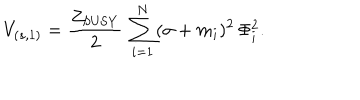
V _ { ( s , 1 ) } = { \frac { Z _ { \mathrm { S U S Y } } } { 2 } } \, \sum _ { i = 1 } ^ { N } ( \sigma + m _ { i } ) ^ { 2 } \, \Phi _ { i } ^ { 2 } .